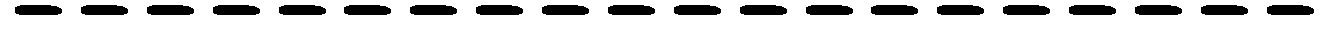
--------------------